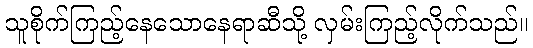
သူစိုက်ကြည့်နေသောနေရာဆီသို့ လှမ်းကြည့်လိုက်သည်။